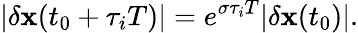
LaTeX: |\delta\mathbf x(t_{0}+\tau_{i}T)|=e^{\sigma\tau_{i}T}|\delta\mathbf x(t_{0})|.